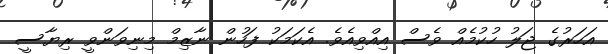
އަހަރުގެ ޖަލު ހުކުމެއް ވެސް އިއްވިއެވެ. އެކަމަކު ފަހުން ނާޒިމް މިނިވަންވީ ރިޔާސީ